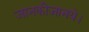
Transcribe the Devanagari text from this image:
जानकीजानये।